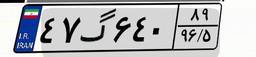
۴۷گ۶۴۰۸۹